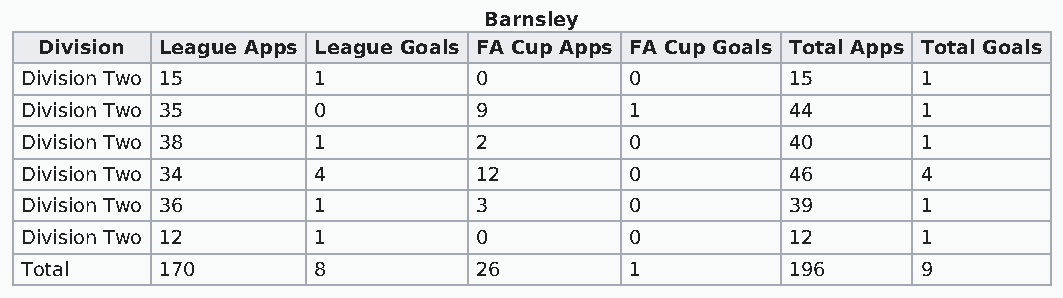
Barnsley
 Division League Apps League Goals FA Cup Apps FA Cup Goals Total Apps Total Goals
 Division Two 15     1          0         0         15       1
 Division Two 35     0          9         1         44       1
 Division Two 38     1          2         0         40       1
 Division Two 34     4          12        0         46       4
 Division Two 36     1          3         0         39       1
 Division Two 12     1          0         0         12       1
 Total     170       8          26        1         196      9